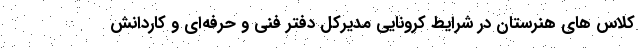
کلاس های هنرستان در شرایط کرونایی مدیرکل دفتر فنی و حرفه‌ای و کاردانش